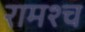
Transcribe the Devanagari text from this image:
रामश्च